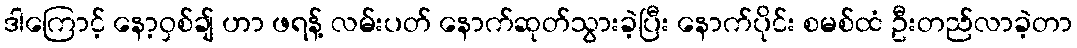
ဒါကြောင့် နော့ဝှစ်ချ် ဟာ ဖရန့် လမ်းပတ် နောက်ဆုတ်သွားခဲ့ပြီး နောက်ပိုင်း စမစ်ထံ ဦးတည်လာခဲ့တာ